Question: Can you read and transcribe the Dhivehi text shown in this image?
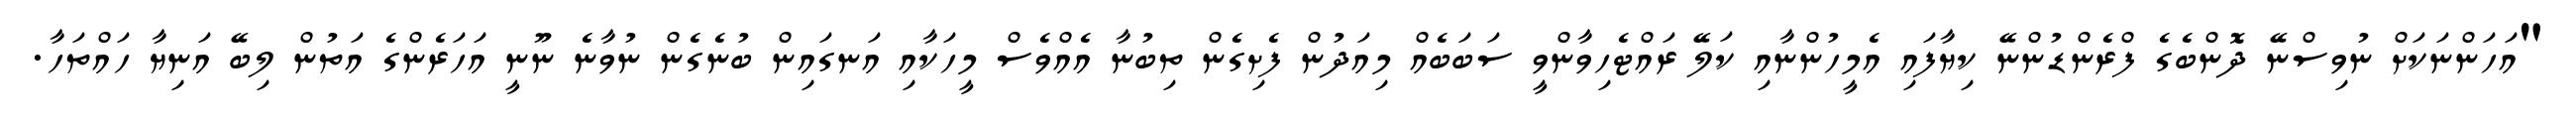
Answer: "އަހަންނަކަށް ނުވިސްނޭ ދޮންބެގެ ފްރެންޑުންނޭ ކިޔާފައި އެމީހުންނާއި ކަލޭ ރައްޓެހިވާންވީ ސަބަބެއް މިއަދުން ފެށިގެން ތިބުނާ އެއްވެސް މީހަކާއި އަނގައިން ބުނެގެން ނުވާނެ ނޫނީ އަހަރެންގެ އަތުން ލިބޭ އަނިޔާ ހައްތަހާ.